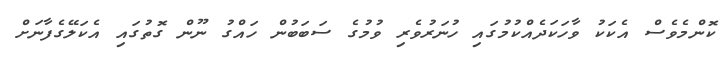
ކޮންމެވެސް އެކަކު ވާހަކަދެއްކުމުގައި ހުނަރުވެރި ވުމުގެ ސަބަބުން ހައްގު ނޫން ގޮތުގައި އެކަލޭގެފާނަށް